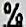
%